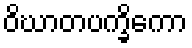
ဝိဃာတပက္ခိကော